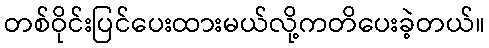
တစ်ဝိုင်းပြင်ပေးထားမယ်လို့ကတိပေးခဲ့တယ်။